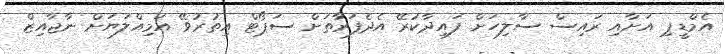
އެމްޑީޕި އަށާއި ރައިސް ސާލިހަށް ފައިދާކުރޭ އެދެފަރާތަށް ސަޕޯޓް އިތުރުވޭ އަމިއްލަޔަށް ނާޖާއިޒް